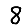
Digit: 8